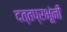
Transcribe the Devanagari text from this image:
दत्तप्रभूंनी